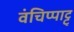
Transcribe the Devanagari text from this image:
वंचिप्पाट्टु